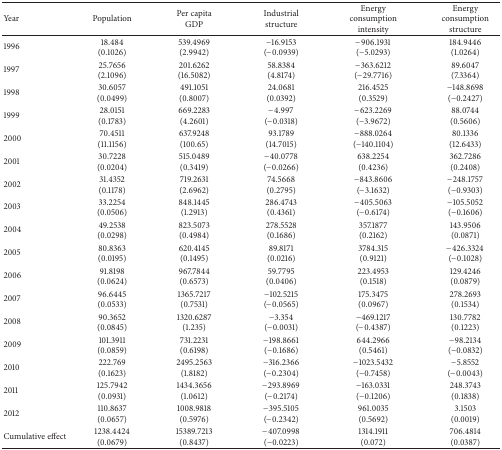
<table><thead><tr><td><b>Year</b></td><td><b>Population</b></td><td><b>Per capitaGDP</b></td><td><b>Industrialstructure</b></td><td><b>Energyconsumptionintensity</b></td><td><b>Energyconsumptionstructure</b></td></tr></thead><tbody><tr><td>1996</td><td>18.484(0.1026)</td><td>539.4969(2.9942)</td><td>−16.9153(−0.0939)</td><td>−906.1931(−5.0293)</td><td>184.9446(1.0264)</td></tr><tr><td>1997</td><td>25.7656(2.1096)</td><td>201.6262(16.5082)</td><td>58.8384(4.8174)</td><td>−363.6212(−29.7716)</td><td>89.6047(7.3364)</td></tr><tr><td>1998</td><td>30.6057(0.0499)</td><td>491.1051(0.8007)</td><td>24.0681(0.0392)</td><td>216.4525(0.3529)</td><td>−148.8698(−0.2427)</td></tr><tr><td>1999</td><td>28.0151(0.1783)</td><td>669.2283(4.2601)</td><td>−4.997(−0.0318)</td><td>−623.2269(−3.9672)</td><td>88.0744(0.5606)</td></tr><tr><td>2000</td><td>70.4511(11.1156)</td><td>637.9248(100.65)</td><td>93.1789(14.7015)</td><td>−888.0264(−140.1104)</td><td>80.1336(12.6433)</td></tr><tr><td>2001</td><td>30.7228(0.0204)</td><td>515.0489(0.3419)</td><td>−40.0778(−0.0266)</td><td>638.2254(0.4236)</td><td>362.7286(0.2408)</td></tr><tr><td>2002</td><td>31.4352(0.1178)</td><td>719.2631(2.6962)</td><td>74.5668(0.2795)</td><td>−843.8606(−3.1632)</td><td>−248.1757(−0.9303)</td></tr><tr><td>2003</td><td>33.2254(0.0506)</td><td>848.1445(1.2913)</td><td>286.4743(0.4361)</td><td>−405.5063(−0.6174)</td><td>−105.5052(−0.1606)</td></tr><tr><td>2004</td><td>49.2538(0.0298)</td><td>823.5073(0.4984)</td><td>278.5528(0.1686)</td><td>357.1877(0.2162)</td><td>143.9506(0.0871)</td></tr><tr><td>2005</td><td>80.8363(0.0195)</td><td>620.4145(0.1495)</td><td>89.8171(0.0216)</td><td>3784.315(0.9121)</td><td>−426.3324(−0.1028)</td></tr><tr><td>2006</td><td>91.8198(0.0624)</td><td>967.7844(0.6573)</td><td>59.7795(0.0406)</td><td>223.4953(0.1518)</td><td>129.4246(0.0879)</td></tr><tr><td>2007</td><td>96.6445(0.0533)</td><td>1365.7217(0.7531)</td><td>−102.5215(−0.0565)</td><td>175.3475(0.0967)</td><td>278.2693(0.1534)</td></tr><tr><td>2008</td><td>90.3652(0.0845)</td><td>1320.6287(1.235)</td><td>−3.354(−0.0031)</td><td>−469.1217(−0.4387)</td><td>130.7782(0.1223)</td></tr><tr><td>2009</td><td>101.3911(0.0859)</td><td>731.2231(0.6198)</td><td>−198.8661(−0.1686)</td><td>644.2966(0.5461)</td><td>−98.2134(−0.0832)</td></tr><tr><td>2010</td><td>222.769(0.1623)</td><td>2495.2563(1.8182)</td><td>−316.2366(−0.2304)</td><td>−1023.5432(−0.7458)</td><td>−5.8552(−0.0043)</td></tr><tr><td>2011</td><td>125.7942(0.0931)</td><td>1434.3656(1.0612)</td><td>−293.8969(−0.2174)</td><td>−163.0331(−0.1206)</td><td>248.3743(0.1838)</td></tr><tr><td>2012</td><td>110.8637(0.0657)</td><td>1008.9818(0.5976)</td><td>−395.5105(−0.2342)</td><td>961.0035(0.5692)</td><td>3.1503(0.0019)</td></tr><tr><td>Cumulative effect</td><td>1238.4424(0.0679)</td><td>15389.7213(0.8437)</td><td>−407.0998(−0.0223)</td><td>1314.1911(0.072)</td><td>706.4814(0.0387)</td></tr></tbody></table>